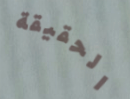
الحقيقة